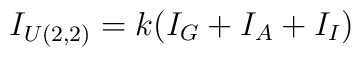
I_{U(2,2)} = k( I_G + I_A + I_I)